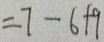
= 7 - 6 + 9